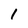
Character: 1